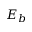
E _ { b }